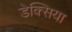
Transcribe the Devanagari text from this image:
डेक्सिया